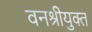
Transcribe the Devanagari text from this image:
वनश्रीयुक्त